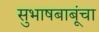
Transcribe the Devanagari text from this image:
सुभाषबाबूंचा